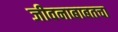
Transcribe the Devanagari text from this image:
जीवनाबाबतचा